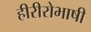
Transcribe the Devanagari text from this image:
हीरीरोभाषी